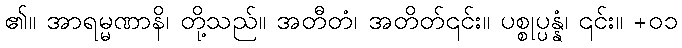
၏။ အာရမ္မဏာနိ၊ တို့သည်။ အတီတံ၊ အတိတ်၎င်း။ ပစ္စုပ္ပန္နံ၊ ၎င်း။ +၀၁